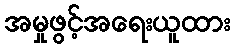
အမှုဖွင့်အရေးယူထား